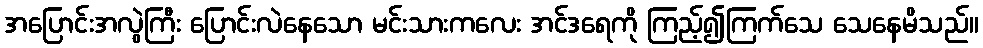
အပြောင်းအလွဲကြီး ပြောင်းလဲနေသော မင်းသားကလေး အင်ဒရေကို ကြည့်၍ကြက်သေ သေနေမိသည်။